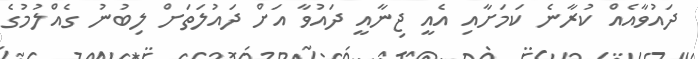
ދައުވާއެއް ކުރާނެ ކަމަށާއި އެއީ ޖިނާއީ ދައުވާ އަށް ދައުލަތަށް ލިބުނު ގެއްލުމުގެ